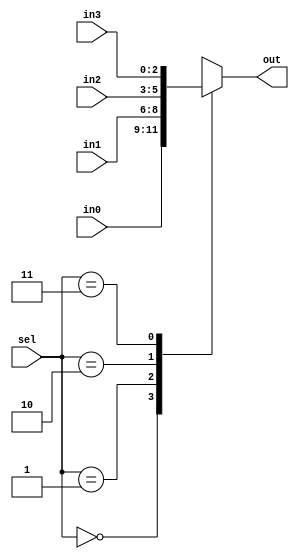
module mux4to1_3bits(input [2:0] in0, input [2:0] in1, input [2:0] in2, input [2:0] in3, input [1:0] sel, output reg [2:0] out);

  always @ (in0, in1, in2, in3, sel)
    begin
      case (sel)
        2'b00: out = in0;
        2'b01: out = in1;
        2'b10: out = in2;
        2'b11: out = in3;
      endcase
    end

endmodule